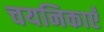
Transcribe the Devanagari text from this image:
चयनिकाएँ